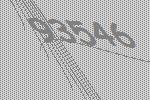
93546